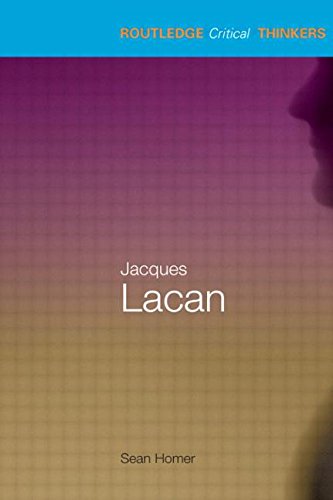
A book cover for Jacques Lacan (Routledge Critical Thinkers); Sean Homer; Medical Books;